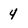
Character: 4